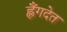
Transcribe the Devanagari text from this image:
ह्लैंगदेत